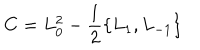
LaTeX: C = L _ { 0 } ^ { 2 } - \frac { 1 } { 2 } \{ L _ { 1 } , L _ { - 1 } \}